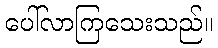
ပေါ်လာကြသေးသည်။